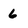
Character: 6